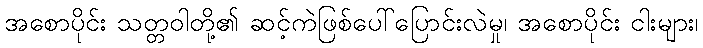
အစောပိုင်း သတ္တဝါတို့၏ ဆင့်ကဲဖြစ်ပေါ်ပြောင်းလဲမှု၊ အစောပိုင်း ငါးများ၊